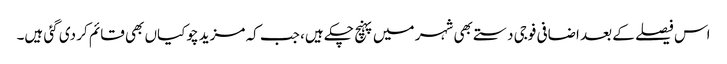
اس فیصلے کے بعد اضافی فوجی دستے بھی شہر میں پہنچ چکے ہیں، جب کہ مزید چوکیاں بھی قائم کر دی گئی ہیں۔